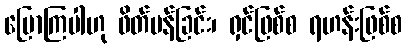
ပြောကြပါဟု ဖိတ်မန်ခြင်း၊ ရှင်ဖြစ်စ ရဟန်းဖြစ်စ